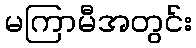
မကြာမီအတွင်း